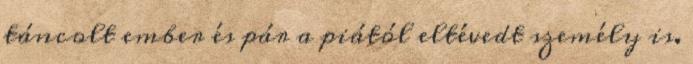
táncolt ember és pár a piától eltévedt személy is.